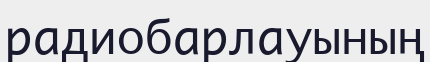
радиобарлауының